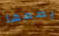
يضعها